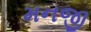
મનજી